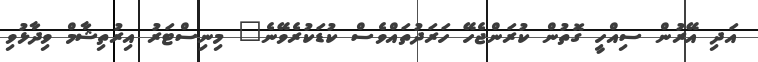
އަދި އޭރުން ސިއްހީ ގޮތުން ކުރަންޖެހޭ ހަރަދުތައްވެސް ކުޑަކުރެވޭނެ" މިނިސްޓަރު އިރުތިޝާމް ވިދާޅުވި